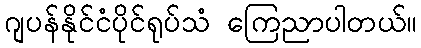
ဂျပန်နိုင်ငံပိုင်ရုပ်သံ ကြေညာပါတယ်။